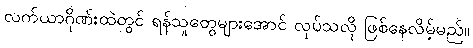
လက်ယာဂိုဏ်းထဲတွင် ရန်သူတွေများအောင် လုပ်သလို ဖြစ်နေလိမ့်မည်။